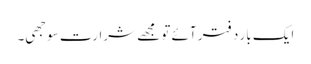
ایک بار دفتر آئے تو مجھے شرارت سوجھی۔